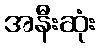
အနီးဆုံး